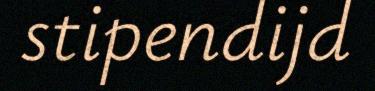
stipendijd